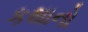
કથાનો